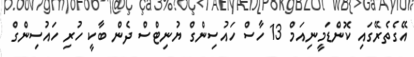
އޭގެތެރޭގައި ކޮންޑަމީނިއަމް 13 ހާސް ހައުސިންގް ޔުނިޓްސް ދެން ބާކީ ހުރި ހައުސިންގް